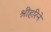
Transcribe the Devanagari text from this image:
श्रीहरिने